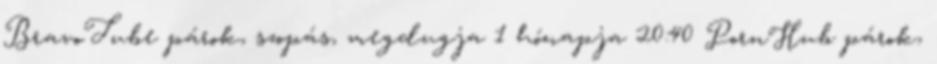
BravoTube párok, szopás, megdugja 1 hónapja 20:40 PornHub párok,